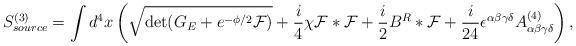
LaTeX: \begin{align*}S^{(3)}_{source} = \int d^4x \left( \sqrt{\det (G_{E}+e^{-\phi/2} {\cal F})}+{i\over 4} \chi {\cal F} * {\cal F} + {i \over 2} B^R * {\cal F} +{i\over24} \epsilon^{\alpha\beta\gamma\delta} A^{(4)}_{\alpha\beta\gamma\delta}\right),\end{align*}